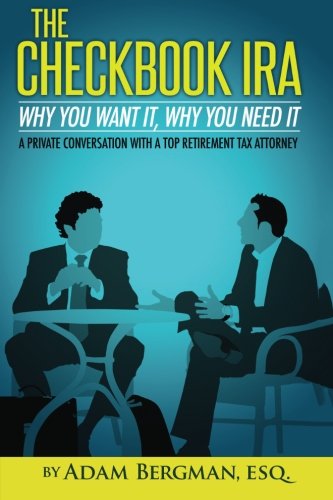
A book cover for The Checkbook IRA - Why You Want It, Why You Need It: A private conversation with a top retirement tax attorney (Self-Directed Retirement Plans) (Volume 2); Esq., Adam Bergman; Business & Money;